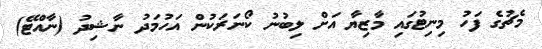
މެޗުގެ ފަހު މިނިޓުގައި މާޒިޔާ އަށް ލިބުނު ކޯނަރަކުން އަހުމަދު ނާޝިދު (ނާއްޓޭ)